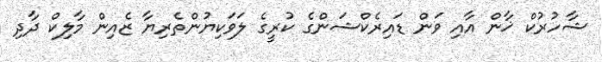
ޝާހުރުކް ޚާން އާއި ވަން ޑައިރެކްޝަންގެ ކުރީގެ ލަވަކިޔުންތެރިޔާ ޒެއިން މާލިކް ދާދި